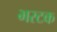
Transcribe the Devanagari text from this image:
भरटक